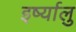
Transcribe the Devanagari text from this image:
इर्ष्यालु